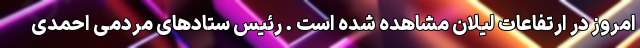
امروز در ارتفاعات لیلان مشاهده شده است . رئیس ستادهای مردمی احمدی